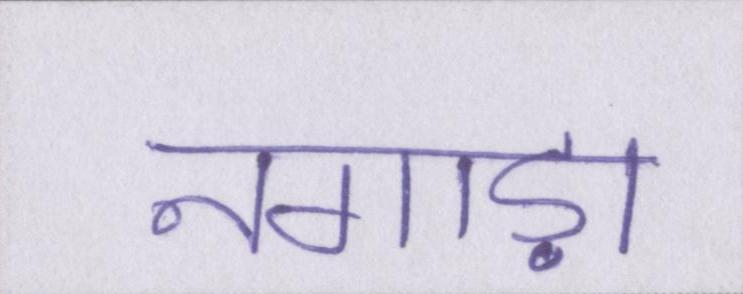
नगाड़ा